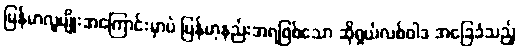
မြန်မာလူမျိုးအကြောင်းမှာပဲ မြန်မာ့နည်းအရဖြစ်သော ဆိုရှယ်လစ်ဝါဒ အခြေခံသည့်